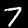
Label: 7